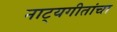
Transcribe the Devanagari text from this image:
नाट्यगीतांचा